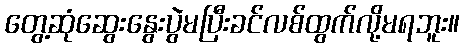
တွေ့ဆုံဆွေးနွေးပွဲမပြီးခင်လစ်ထွက်လို့မရဘူး။